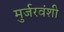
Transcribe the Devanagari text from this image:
मुर्जरवंशी